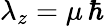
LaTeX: \lambda_{z}=\mu\, \hbar